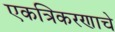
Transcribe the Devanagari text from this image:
एकत्रिकरणाचे